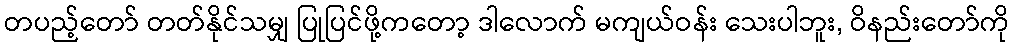
တပည့်တော် တတ်နိုင်သမျှ ပြုပြင်ဖို့ကတော့ ဒါလောက် မကျယ်ဝန်း သေးပါဘူး, ဝိနည်းတော်ကို